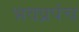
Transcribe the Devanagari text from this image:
भवप्रपंच